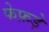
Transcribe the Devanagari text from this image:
फेफ़ड़े